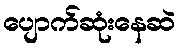
ပျောက်ဆုံးနေဆဲ